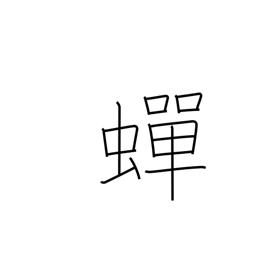
Meaning: continuous